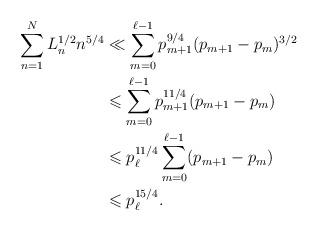
LaTeX: \begin{align*}\sum_{n=1}^{N}L_n^{1/2}n^{5/4}&\ll\sum_{m=0}^{\ell-1}p_{m+1}^{9/4}(p_{m+1}-p_m)^{3/2}\\&\leqslant\sum_{m=0}^{\ell-1}p_{m+1}^{11/4}(p_{m+1}-p_m)\\&\leqslant p_{\ell}^{11/4}\sum_{m=0}^{\ell-1}(p_{m+1}-p_m)\\&\leqslant p_{\ell}^{15/4}.\end{align*}